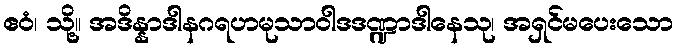
ဧဝံ၊ သို့။ အဒိန္နာဒါနဂရဟမုသာဝါဒဒဏ္ဍာဒါနေသု၊ အရှင်မပေးသော